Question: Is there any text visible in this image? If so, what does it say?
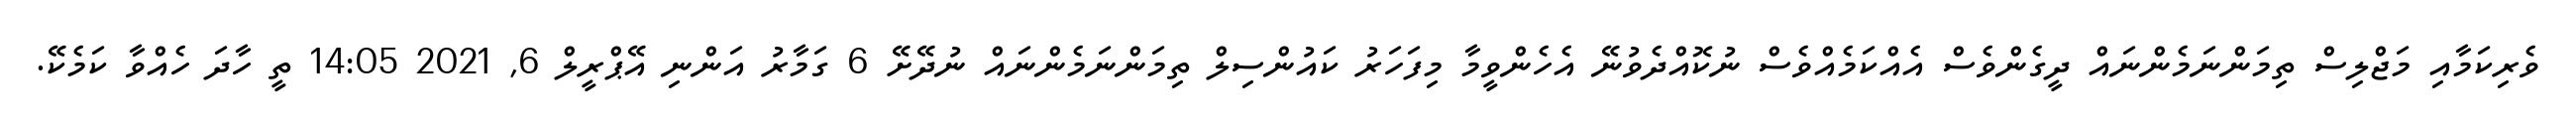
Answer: ވެރިކަމާއި މަޖްލިސް ތިމަންނަމެންނައް ދީގެންވެސް އެއްކަމެއްވެސް ނުކޮއްދެވުނޭ އެހެންވީމާ މިފަހަރު ކައުންސިލް ތިމަންނަމެންނައް ނުދޭށޭ 6 ގަމާރު އަންނި އޭޕްރީލް 6, 2021 14:05 ތީ ހާދަ ހެއްވާ ކަމެކޭ.